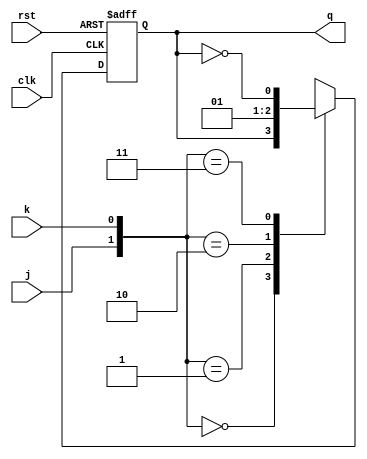
`timescale 1ns / 1ps

////////////////////////////////////////////////////////////////////////////////
// Company: 
// Engineer:
//
// Design Name:   JK
// Module Name:   C:/Users/Naoaki/Desktop/CECS201/Project_4/Project_4/JKtb.v
// Project Name:  Project_4
// Target Device:  
// Tool versions:  
// Description: 
//
// Verilog Test Fixture created by ISE for module: JK
//
// Dependencies:
// 
// Revision:
// Revision 0.01 - File Created
// Additional Comments:
// 
////////////////////////////////////////////////////////////////////////////////

module JK(clk, rst, j, k, q);

	// Inputs
	input clk;
	input rst;
	input j;
	input k;
	output q;

	// Outputs
	reg q, nq;
	
	always @(posedge clk, posedge rst)
	
	   if(rst)
		   q <= 1'b0;
		else
		   q <= nq;
			
	always @(*)
	
	   case({j,k})
	      2'b00: nq = q;
			2'b01: nq = 1'b0;
			2'b10: nq = 1'b1;
			2'b11: nq = ~q;
      endcase
		
endmodule